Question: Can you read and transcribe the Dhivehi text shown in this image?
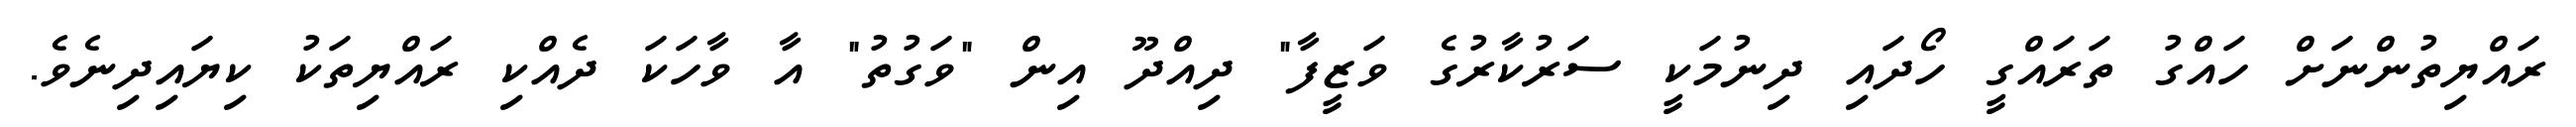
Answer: ރައްޔިތުންނަށް ހައްގު ތަރައްގީ ހޯދައި ދިނުމަކީ ސަރުކާރުގެ ވަޒީފާ" ދިއްދޫ އިން "ވަގުތު" އާ ވާހަކަ ދެއްކި ރައްޔިތަކު ކިޔައިދިނެވެ.